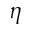
\eta